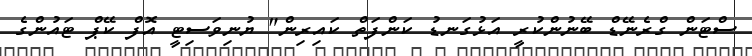
ސްޓަން ގްރެނޭޑް ބޭނުންކުރީ އަޅުގަނޑު ކަންފަތް ކައިރިން" ޔުނިވަސިޓީ އޮފް ކޭޕް ޓައުންގެ